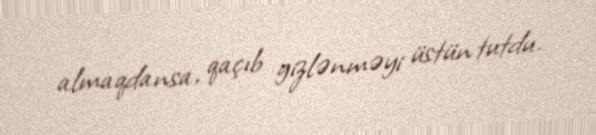
almaqdansa, qaçıb gizlənməyi üstün tutdu.